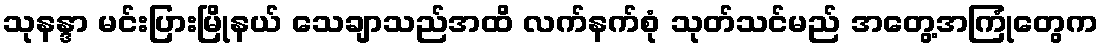
သုနန္ဒာ မင်းပြားမြိုနယ် သေချာသည်အထိ လက်နက်စုံ သုတ်သင်မည် အတွေ့အကြုံတွေက